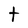
Character: t